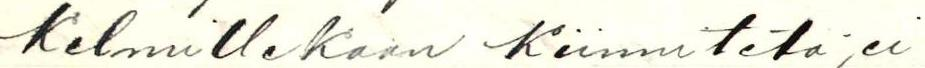
kelmillekaan Kiinnitetä, ei